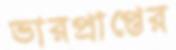
ভারপ্রাপ্তের